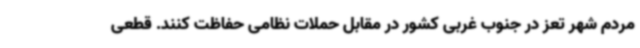
مردم شهر تعز در جنوب غربی کشور در مقابل حملات نظامی حفاظت کنند. قطعی